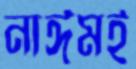
নাঈমই